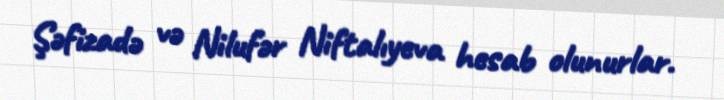
Şəfizadə və Nilufər Niftalıyeva hesab olunurlar.